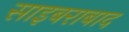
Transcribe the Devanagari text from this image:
साइबराबाद